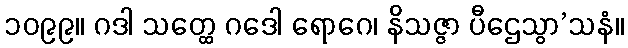
၁၀၉၉။ ဂဒါ သတ္ထေ ဂဒေါ ရောဂေ၊ နိသဇ္ဇာ ပီဌေသွာ’သနံ။